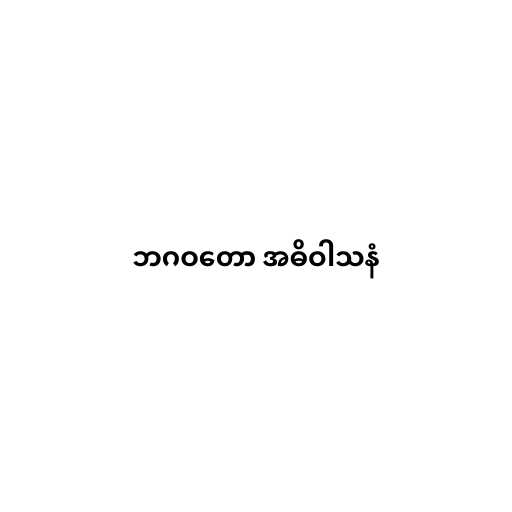
ဘဂဝတော အဓိဝါသနံ